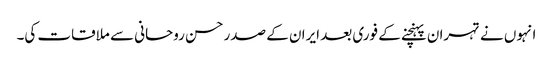
انہوں نے تہران پہنچنے کے فوری بعد ایران کے صدر حسن روحانی سے ملاقات کی۔